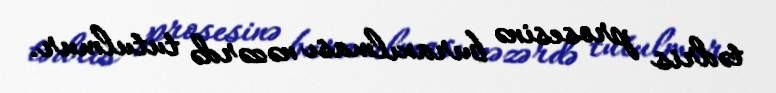
tədris prosesinə buraxılması nəzərdə tutulmur.